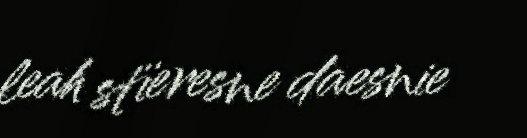
leah stïeresne daesnie